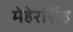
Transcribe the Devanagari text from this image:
मेहेरसिंह